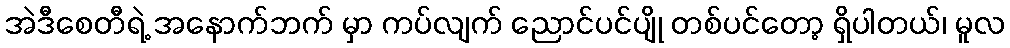
အဲဒီစေတီရဲ့ အနောက်ဘက် မှာ ကပ်လျက် ညောင်ပင်ပျို တစ်ပင်တော့ ရှိပါတယ်၊ မူလ